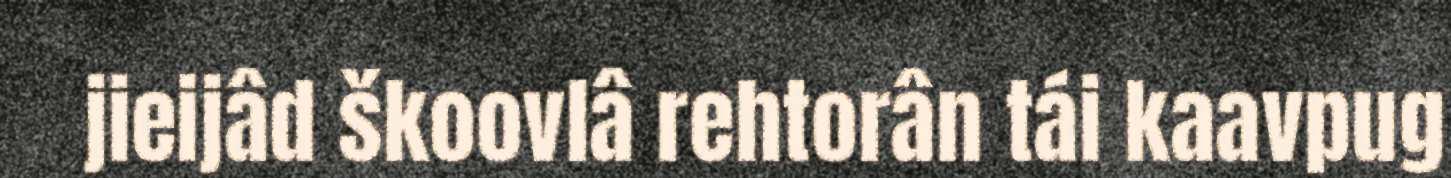
jieijâd škoovlâ rehtorân tái kaavpug